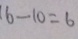
1 6 - 1 0 = 6